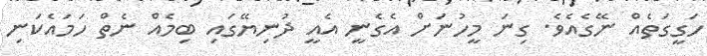
ހަގީގަތެއް ނޭގެއެވެ. ގިނަ މީހުނަށް އެގެނީ އެއީ ދުނިޔޭގައި ބިމެއް ނެތް ހަމައެކަނި